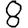
Digit: 8